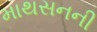
માથસનની